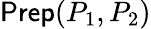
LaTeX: \textsf{Prep}(P_{1},P_{2})